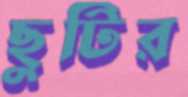
ছুটির